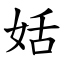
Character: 姡